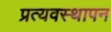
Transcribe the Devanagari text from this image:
प्रत्यवस्थापन